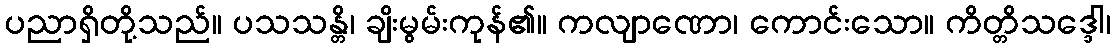
ပညာရှိတို့သည်။ ပသသန္တိ၊ ချိးမွမ်းကုန်၏။ ကလျာဏော၊ ကောင်းသော။ ကိတ္တိသဒ္ဒေါ၊